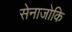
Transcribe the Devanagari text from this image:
सेनाजोकि